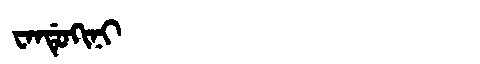
Manchu: ᠸᠠᠨᡩᡠᡴᡳᠨᡳ
Romanization: WANDUKINI